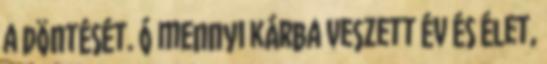
a döntését. Ó mennyi kárba veszett év és élet,